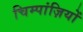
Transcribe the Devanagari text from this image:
चिम्पांज़ियों